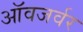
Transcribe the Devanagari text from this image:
ऑवजर्वर